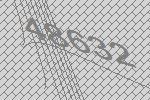
48632